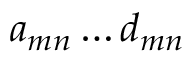
a _ { m n } \ldots d _ { m n }